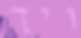
ויך